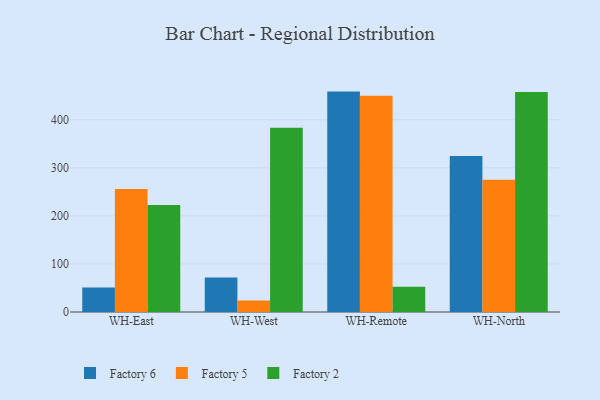
{"axis": {"x": "Warehouse", "y": "Active Users"}, "legend": ["Factory 2", "Factory 5", "Factory 6"], "data": [{"x": "WH-East", "y": 51.2, "type": "Factory 6"}, {"x": "WH-East", "y": 255.9, "type": "Factory 5"}, {"x": "WH-East", "y": 222.8, "type": "Factory 2"}, {"x": "WH-West", "y": 71.6, "type": "Factory 6"}, {"x": "WH-West", "y": 23.9, "type": "Factory 5"}, {"x": "WH-West", "y": 383.4, "type": "Factory 2"}, {"x": "WH-Remote", "y": 458.7, "type": "Factory 6"}, {"x": "WH-Remote", "y": 450.1, "type": "Factory 5"}, {"x": "WH-Remote", "y": 52.6, "type": "Factory 2"}, {"x": "WH-North", "y": 324.8, "type": "Factory 6"}, {"x": "WH-North", "y": 275.4, "type": "Factory 5"}, {"x": "WH-North", "y": 457.8, "type": "Factory 2"}]}